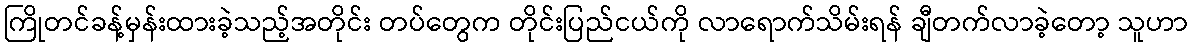
ကြိုတင်ခန့်မှန်းထားခဲ့သည့်အတိုင်း တပ်တွေက တိုင်းပြည်ငယ်ကို လာရောက်သိမ်းရန် ချီတက်လာခဲ့တော့ သူဟာ